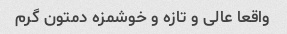
واقعا عالی و تازه و خوشمزه دمتون گرم